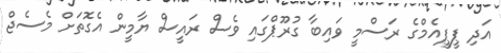
އަދި ޕީޕީއެމްގެ ރަސްމީ ވައިބާ ގުރޫޕްގައި ވެސް ރައީސް ޔާމީން އެގޮތަށް މެސެޖް